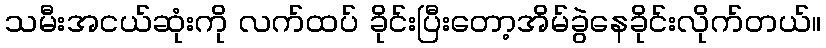
သမီးအငယ်ဆုံးကို လက်ထပ် ခိုင်းပြီးတော့အိမ်ခွဲနေခိုင်းလိုက်တယ်။